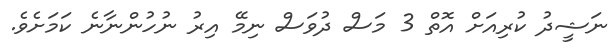
ނަޝީދު ކުރިއަށް އޮތް 3 މަސް ދުވަސް ނިމޭ އިރު ނުހުންނާނެ ކަމަށެވެ.